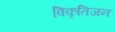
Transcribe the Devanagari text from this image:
विकृतिजन